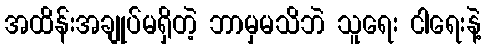
အထိန်းအချုပ်မရှိတဲ့ ဘာမှမသိဘဲ သူရေး ငါရေးနဲ့